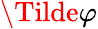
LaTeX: \Tilde{\varphi}